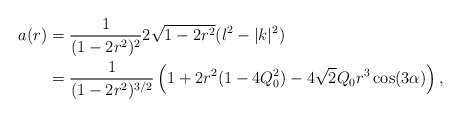
\begin{align*}a(r) &= \frac{1}{(1-2r^2)^2} 2\sqrt{1-2r^2}(l^2-|k|^2)\\&= \frac{1}{(1-2r^2)^{3/2}}\left( 1+2r^2(1-4Q_0^2)-4\sqrt{2}Q_0r^3\cos(3\alpha)\right),\end{align*}